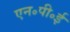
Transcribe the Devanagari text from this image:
एन॰पी॰ई